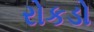
રોકડો